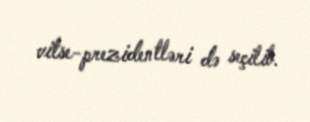
vitse-prezidentləri də seçilib.